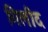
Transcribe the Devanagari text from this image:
गिलीद